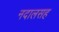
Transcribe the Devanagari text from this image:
नदालसह